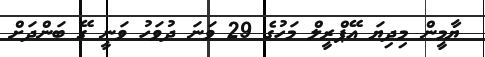
ޔާމީން މިދިޔަ އޭޕްރީލް މަހުގެ 29 ވަނަ ދުވަހު ވަނީ ގޭ ބަންދަށް